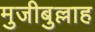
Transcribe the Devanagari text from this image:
मुजीबुल्लाह